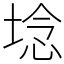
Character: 埝